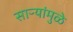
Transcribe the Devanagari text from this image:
साऱ्यांमुळे